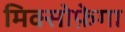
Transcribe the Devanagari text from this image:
मिक्सोफ़ेगा